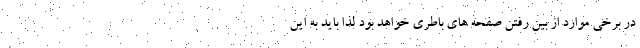
در برخی موارد از بین رفتن صفحه های باطری خواهد بود لذا باید به این